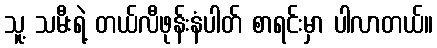
သူ့ သမီးရဲ့ တယ်လီဖုန်းနံပါတ် စာရင်းမှာ ပါလာတယ်။